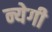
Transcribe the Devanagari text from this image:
न्येगी